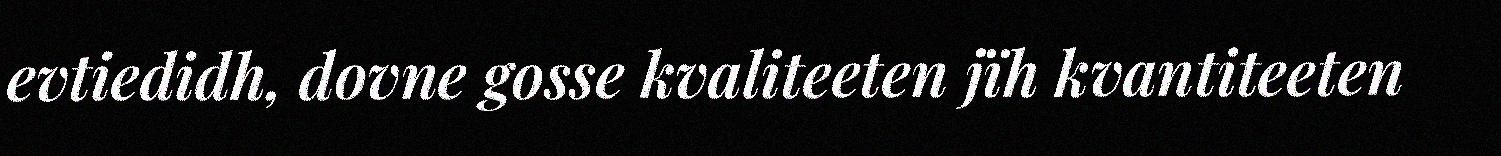
evtiedidh, dovne gosse kvaliteeten jïh kvantiteeten